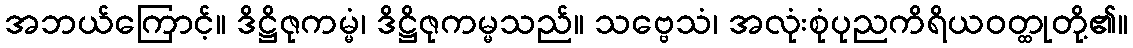
အဘယ်ကြောင့်။ ဒိဋ္ဌိဇုကမ္မံ၊ ဒိဋ္ဌိဇုကမ္မသည်။ သဗ္ဗေသံ၊ အလုံးစုံပုညကိရိယဝတ္ထုတို့၏။